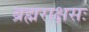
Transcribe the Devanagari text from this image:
ब्रह्मराक्षसः